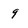
Character: 9